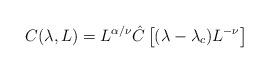
LaTeX: \begin{align*}C(\lambda ,L) = L^{\alpha / \nu} \hat{C}\left[{ (\lambda -\lambda_c)L^{-\nu}}\right]\end{align*}